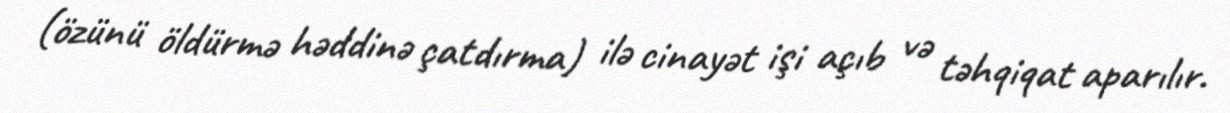
(özünü öldürmə həddinə çatdırma) ilə cinayət işi açıb və təhqiqat aparılır.